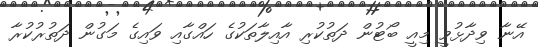
އޭނާ ވިދާޅުވީ މިއީ ބޯޓުން ދަތުކުރި އާއިލާތަކުގެ ހައްގާއި ވައިގެ މަގުން ދަތުރުކުރާ